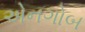
એનગોબ